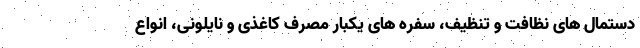
دستمال های نظافت و تنظیف، سفره های یکبار مصرف کاغذی و نایلونی، انواع